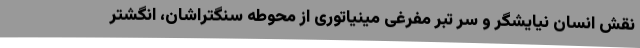
نقش انسان نیایشگر و سر تبر مفرغی مینیاتوری از محوطه سنگتراشان، انگشتر